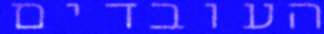
העובדים